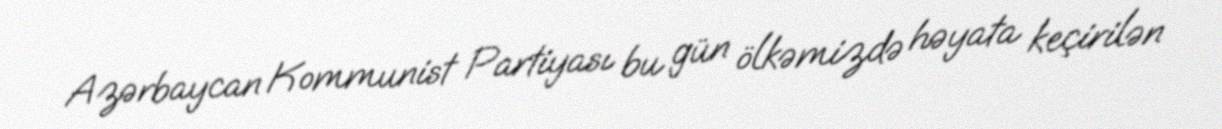
Azərbaycan Kommunist Partiyası bu gün ölkəmizdə həyata keçirilən